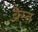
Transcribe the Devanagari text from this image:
ब्रैस्त